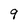
Character: 9